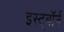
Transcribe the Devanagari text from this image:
इस्ट्बॉर्न